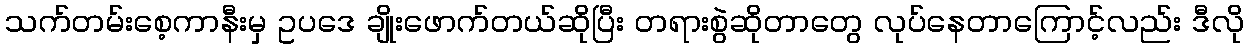
သက်တမ်းစေ့ကာနီးမှ ဥပဒေ ချိုးဖောက်တယ်ဆိုပြီး တရားစွဲဆိုတာတွေ လုပ်နေတာကြောင့်လည်း ဒီလို